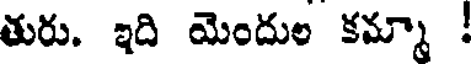
తురు. ఇది యెందుల కమ్మా !